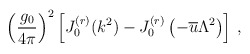
\begin{align*}\left(\frac{g_{0}}{4 \pi} \right)^{2} \left[ J^{(r)}_{0} (k^{2}) -J^{(r)}_{0} \left( -\overline{u} \Lambda^{2} \right) \right] \, ,\end{align*}